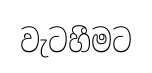
වැටහීමට